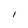
Character: 1